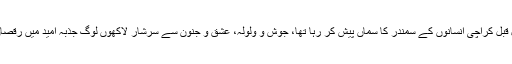
12سال قبل کراچی انسانوں کے سمندر کا سماں پیش کر رہا تھا، جوش و ولولہ، عشق و جنون سے سرشار لاکھوں لوگ جذبۂ امید میں رقصاں تھے۔